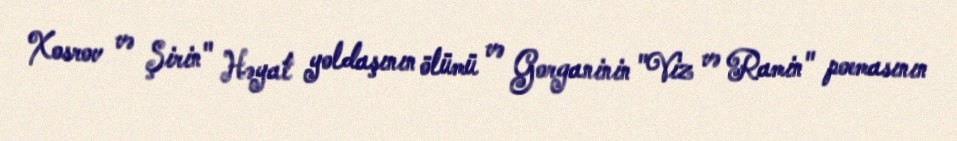
Xosrov və Şirin" Həyat yoldaşının ölümü və Gorganinin "Viz və Ramin" poemasının